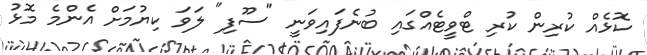
ކޮޅެއް ކުރިން ކުރި ޓްވީޓެއްގައި ބުނެފައިވަނީ "ސޫފި" ލަވަ ކިޔުމަށް އެންމެ މޮޅު